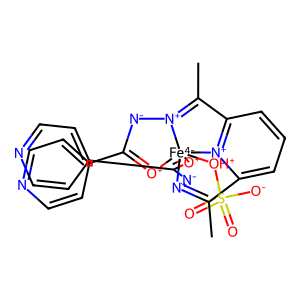
SMILES: CC1=[N+]2[N-]C(c3ccncc3)=[O+][Fe-4]234([OH+]S(=O)(=O)[O-])[O+]=C(c2ccncc2)[N-][N+]3=C(C)c2cccc1[n+]24
Inhibits HIV replication: No